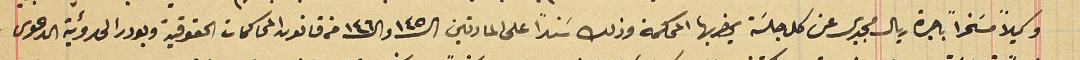
وكيلاً مسَخراً باجرة ريال مجيدى عن كل جلسَة يحضر بها المحكمة وذلك سَنداً على المادتين الـ ١٤٥ والـ ١٤٦ من قانون المحاكمات الحقوقية وبودر الى رؤيةَ الدعوى